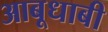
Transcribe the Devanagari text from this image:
आबूधाबी